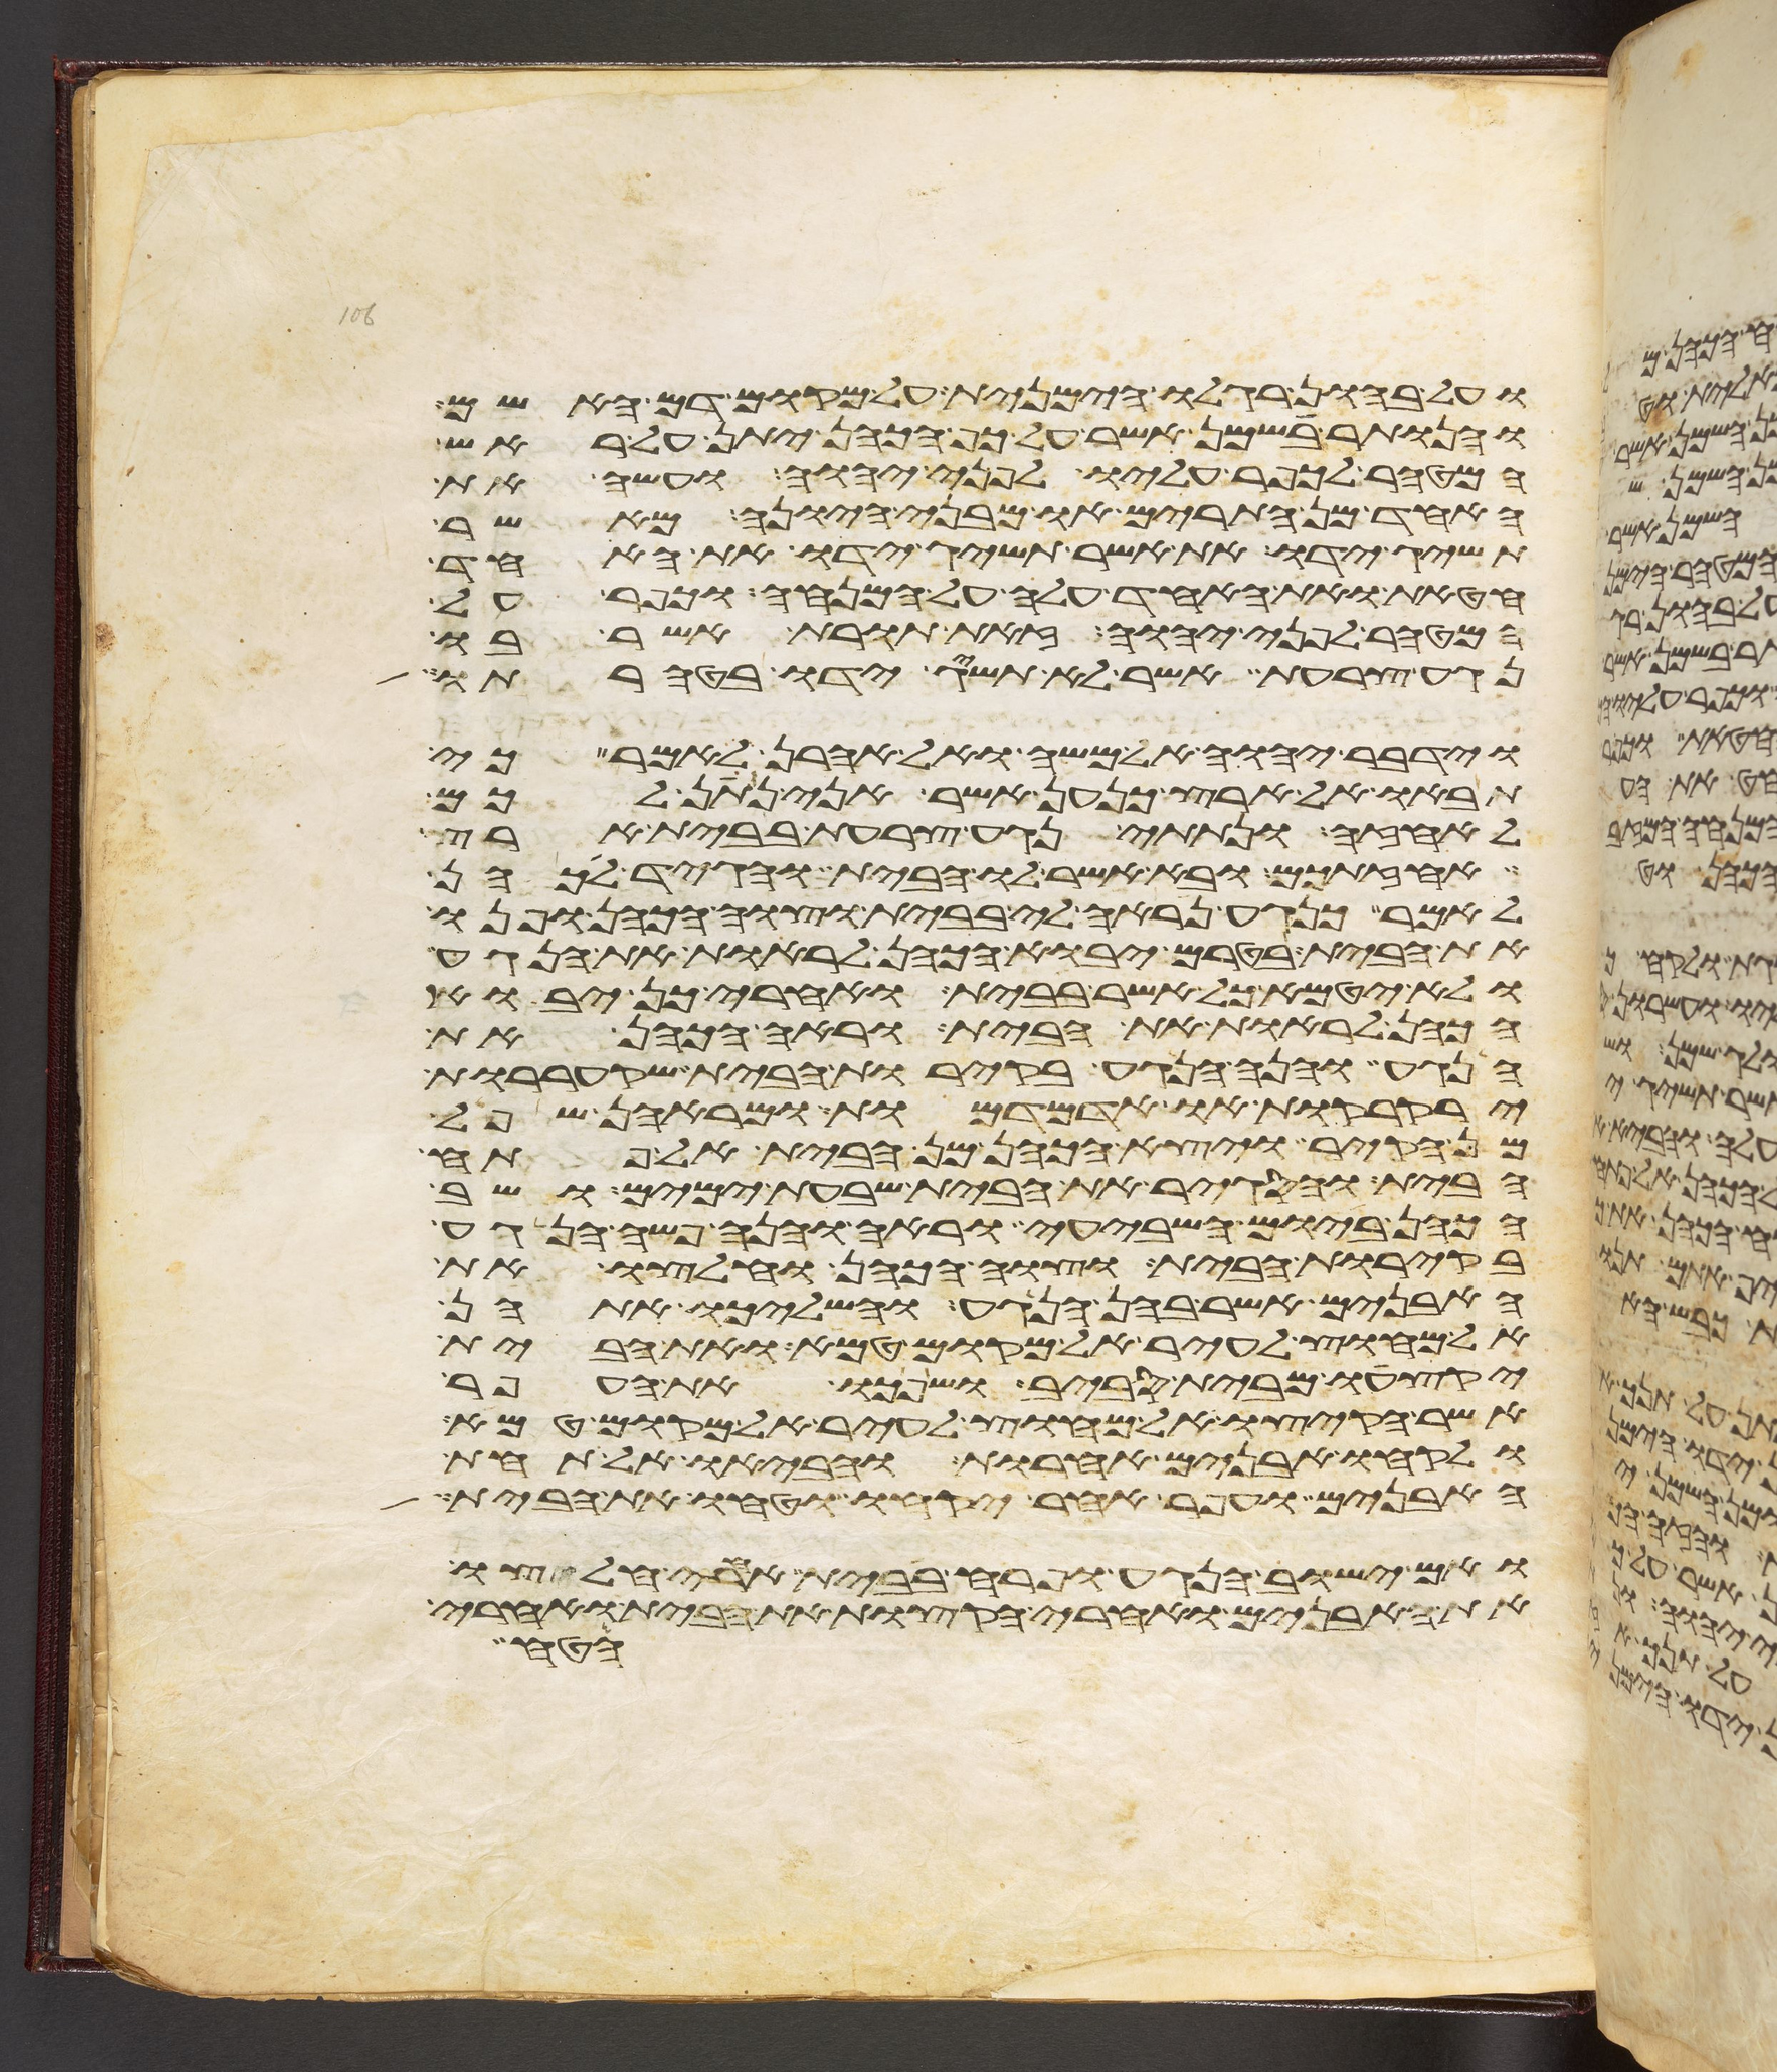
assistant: ועל בהון רגלו הימנית על מקום דם האשם
והנותר בשמן אשר על כף הכהן יתן על ראש
המטהר לכפר עליו לפני יהוה ועשה את
האחד מן התרים או מבני היונה מאשר
תשיג ידו את אשר תשיג ידו את האחד
חטאת ואת האחד עלה על המנחה וכפר על
המטהר לפני יהוה זאת תורת אשר בו
נגע צרעת אשר לא תשיג ידו בטהרתו
וידבר יהוה אל משה ואל אהרן לאמר כי
תבאו אל ארץ כנען אשר אני נתן לכם
לאחזה ונתתי נגע צרעת בבית ארץ
אחזתכם ובא אשר לו הבית והגיד לכהן
לאמר כנגע נראה לי בבית וצוה הכהן ופנו
את הבית בטרם יבוא הכהן לראות את הנגע
ולא יטמא כל אשר בבית ואחרי כן יבוא
הכהן לראות את הבית וראה הכהן את
הנגע והנה הנגע בקירות הבית שקעררות
ירקרקות או אדמדמות ומראהן שפל
מן הקיר ויצא הכהן מן הבית אל פתח
הבית והסגיר את הבית שבעת ימים ושב
הכהן ביום השביעי וראה והנה פשה הנגע
בקירות הבית וצוה הכהן וחלצו את
האבנים אשר בהן הנגע והשליכו אתהן
אל מחוץ לעיר אל מקום טמא ואת הבית
יקצעו מבית סביב ושפכו את העפר
אשר הקיצו אל מחוץ לעיר אל מקום טמא
ולקחו אבנים אחרות והביאו אל תחת
האבנים ועפר אחר יקחו וטחו את הבית
ואם ישוב הנגע ופרח בבית אחרי חלצו
את האבנים ואחרי הקצות את הבית ואחרי
הטח